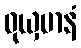
ဝုယှမာနံ